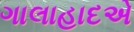
ગાલાહાદએ